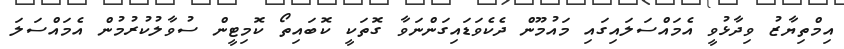
އިމްތިޔާޒު ވިދާޅުވީ އެމައްސަލައިގައި މައުމޫން ދެކެވަޑައިގަންނަވާ ގޮތަކީ ކޮބައިތޯ ކޮމިޓީން ސުވާލުކުރުމުން އެމައްސަލަ